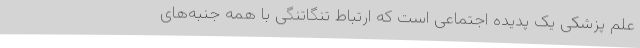
علم پزشکی یک پدیده اجتماعی است که ارتباط تنگاتنگی با همه جنبه‌های